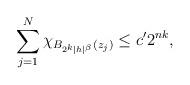
LaTeX: \begin{align*} \sum_{j=1}^N \chi_{B_{2^k|h|^\beta}(z_j)} \leq c^\prime 2^{nk},\end{align*}